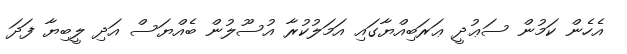
އެހެން ކަމުން ސަޢުދީ ޢަރަބިއްޔާގައި އަމަލުކުރާ އުސޫލުން ބެއްޔަސް އަދި ލީބިޔާ ފަދަ